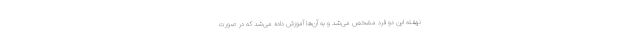
نهفته این دو فرد مشخص می‌شد و به آن‌ها آموزش داده می‌شد که در صورت